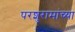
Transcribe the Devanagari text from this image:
परशुरामांच्या